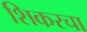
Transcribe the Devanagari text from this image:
शिकरचा